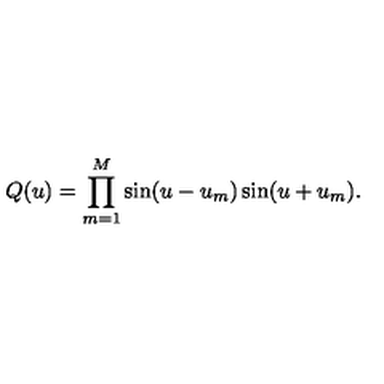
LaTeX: Q ( u ) = \prod _ { m = 1 } ^ { M } \sin ( u - u _ { m } ) \sin ( u + u _ { m } ) . \nonumber